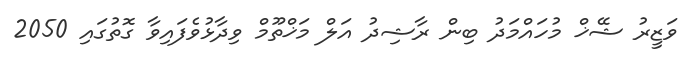
ވަޒީރު ޝޭޚް މުހައްމަދު ބިން ރާޝިދު އަލް މަޚްތޫމް ވިދާޅުވެފައިވާ ގޮތުގައި 2050